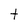
Character: t